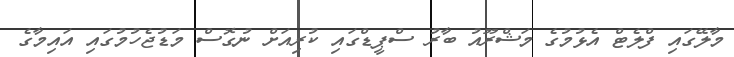
މާލޭގައި ފްލެޓް އެޅުމުގެ މަޝްރޫއު ބާރު ސްޕީޑްގައި ކުރިއަށް ނުގޮސް މަޑުޖެހުމުގައި އައިމާގެ